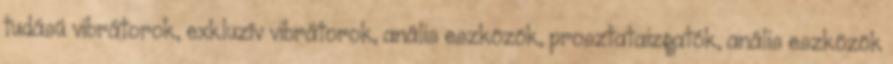
tudású vibrátorok, exkluzív vibrátorok, anális eszközök, prosztataizgatók, anális eszközök